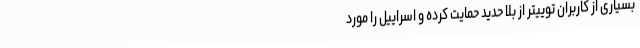
بسیاری از کاربران توییتر از بلا حدید حمایت کرده و اسراییل را مورد